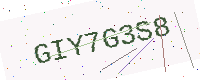
Text: GIY7G3S8